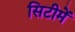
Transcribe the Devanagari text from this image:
सिटीमें